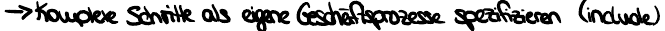
-> Komplexe Schritte als eigene Geschäftsprozesse spezifizieren (include)